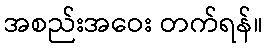
အစည်းအဝေး တက်ရန်။